Vaccination in the Punjab 1867-1880 - 1867-1880
Year: 1867
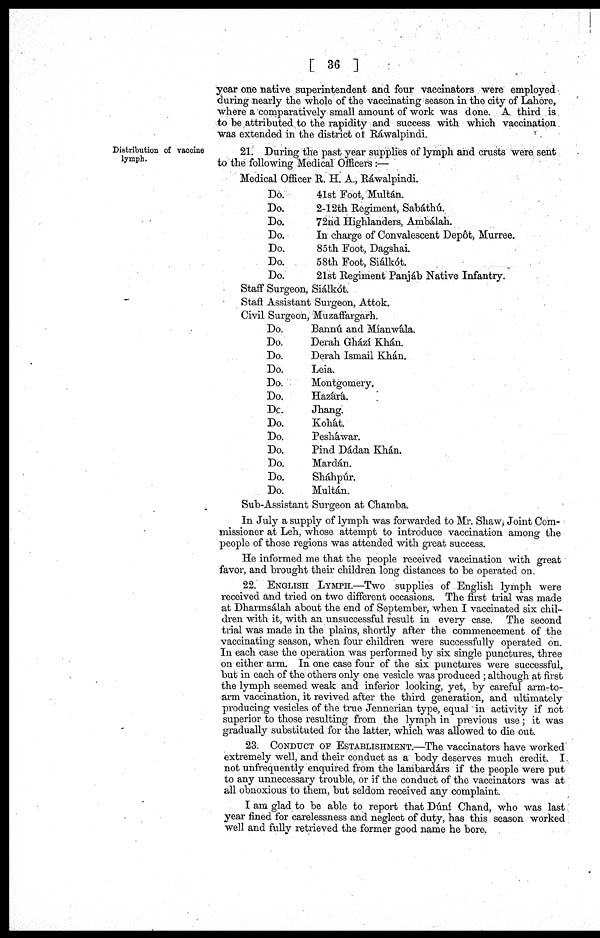
[ 36 ]
year one native superintendent and four vaccinators were employed
during nearly the whole of the vaccinating season in the city of Lahore,
where a comparatively small amount of work was done. A third is
to be attributed to the rapidity and success with which vaccination
was extended in the district of Ráwalpindi.
Distribution of vaccine
lymph.
21. During the past year supplies of lymph and crusts were sent
to the following Medical Officers :—
Medical Officer R. H. A., Ráwalpindi.
Do.
Do.
Do.
Do.
Do.
Do.
Do.
41st Foot, Multán.
2-12th Regiment, Sabáthú.
72nd Highlanders, Ambálah.
In charge of Convalescent Depot, Murree.
85th Foot, Dagshai.
58th Foot, Sialk6t.
21st Regiment Panjáb Native Infantry.
Staff Surgeon, Siálkót.
Staft Assistant Surgeon, Attok.
Civil Surgeon, Muzaffargarh.
Do.
Do.
Do.
Do.
Do.
Do.
Dc.
Do.
Do.
Do.
Do.
Do.
Do.
Bannú and Míanwála.
Derah Ghází Khán.
Derah Ismail Khán.
Leia.
Montgomery.
Hazárá.
Jhang.
Kohát.
Pesháwar.
Pind Dádan Khán.
Mardán.
Sháhpúr.
Multán.
Sub-Assistant Surgeon at Chamba.
In July a supply of lymph was forwarded to Mr. Shaw, Joint Com-
missioner at Leh, whose attempt to introduce vaccination among the
people of those regions was attended with great success.
He informed me that the people received vaccination with great
favor, and brought their children long distances to be operated on.
22. ENGLISH LYMPH.—Two supplies of English lymph were
received and tried on two different occasions. The first trial was made
at Dharmsálah about the end of September, when I vaccinated six chil-
dren with it, with an unsuccessful result in every case. The second
trial was made in the plains, shortly after the commencement of the
vaccinating season, when four children were successfully operated on.
In each case the operation was performed by six single punctures, three
on either arm. In one case four of the six punctures were successful,
but in each of the others only one vesicle was produced; although at first
the lymph seemed weak and inferior looking, yet, by careful arm-to-
arm vaccination, it revived after the third generation, and ultimately
producing vesicles of the true Jennerian type, equal in activity if not
superior to those resulting from the lymph in previous use; it was
gradually substituted for the latter, which was allowed to die out.
23. CONDUCT OF ESTABLISHMENT.—The vaccinators have worked
extremely well, and their conduct as a body deserves much credit. I
not unfrequently enquired from the lambardárs if the people were put
to any unnecessary trouble, or if the conduct of the vaccinators was at
all obnoxious to them, but seldom received any complaint.
I am glad to be able to report that Dúní Chand, who was last
year fined for carelessness and neglect of duty, has this season worked
well and fully retrieved the former good name he bore.